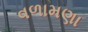
વળામણા